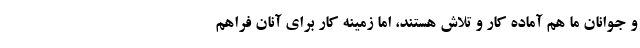
و جوانان ما هم آماده کار و تلاش هستند، اما زمینه کار برای آنان فراهم